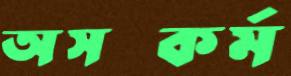
অসত্কর্ম